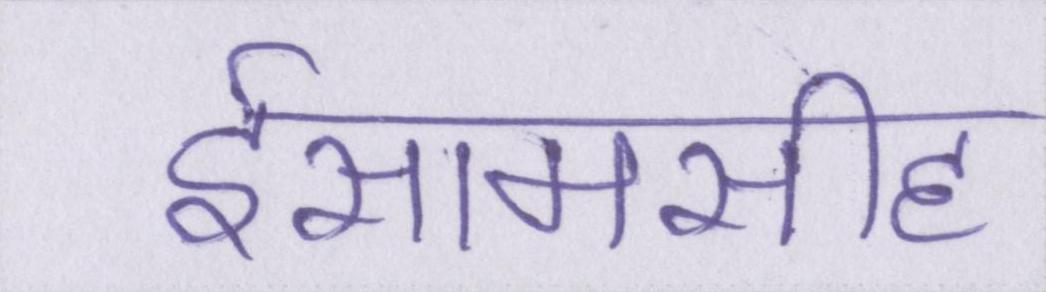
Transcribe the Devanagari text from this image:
ईसामसीह